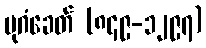
ပုဂံခေတ် (၈၄၉-၁၂၉၇)